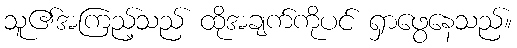
သူ၏အကြည့်သည် ထိုအချက်ကိုပင် ရှာဖွေနေသည်။